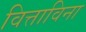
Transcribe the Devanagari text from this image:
वित्ताविना